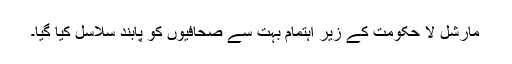
مارشل لا حکومت کے زیر اہتمام بہت سے صحافیوں کو پابند سلاسل کیا گیا۔